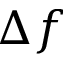
\Delta f